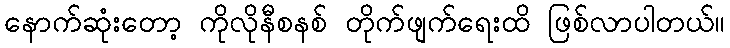
နောက်ဆုံးတော့ ကိုလိုနီစနစ် တိုက်ဖျက်ရေးထိ ဖြစ်လာပါတယ်။